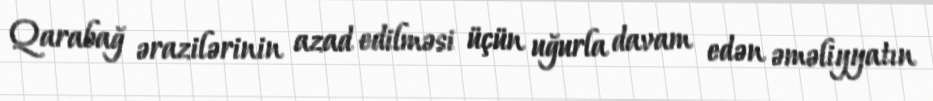
Qarabağ ərazilərinin azad edilməsi üçün uğurla davam edən əməliyyatın